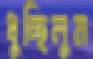
ধুচ্ছিলুম